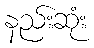
နည်းဆုံး